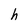
Character: h